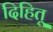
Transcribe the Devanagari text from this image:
दिहितू